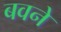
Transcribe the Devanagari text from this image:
बवने